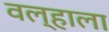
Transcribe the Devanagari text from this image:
वल्हाला